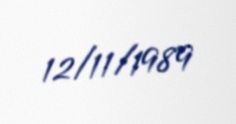
12/11/1989